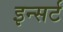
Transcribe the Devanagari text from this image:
इन्सर्ट